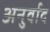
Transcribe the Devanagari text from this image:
अनुर्वाद